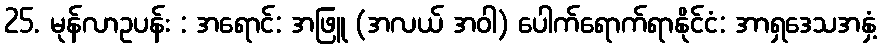
25. မုန်လာဥပန်း : အရောင်: အဖြူ (အလယ် အဝါ) ပေါက်ရောက်ရာနိုင်ငံ: အာရှဒေသအနှံ့